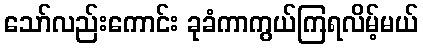
သော်လည်းကောင်း ခုခံကာကွယ်ကြရလိမ့်မယ်